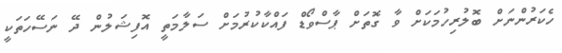
ހެކަރުންނަށް ބޮލުރިހުމަކަށް ވާ ގޮތަށް ޕާސްވޯޑް ފައްކާކުރުމަށް ސަލާމަތީ އޮފިޝަލުން ދޭ ނަސޭހަތަކީ